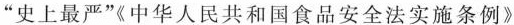
“史上最严”《中华人民共和国食品安全法实施条例》